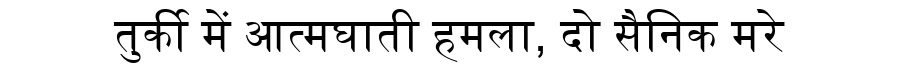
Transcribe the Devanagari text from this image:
तुर्की में आत्मघाती हमला, दो सैनिक मरे